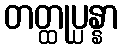
တတ္ထုပ္ပန္နာ